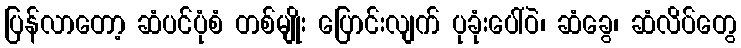
ပြန်လာတော့ ဆံပင်ပုံစံ တစ်မျိုး ပြောင်းလျက် ပုခုံးပေါ်ဝဲ၊ ဆံခွေ၊ ဆံလိပ်တွေ